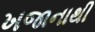
ખજાનાથી